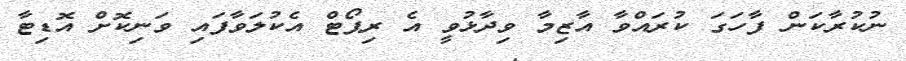
ނުކުރާކަން ފާހަގަ ކުރައްވާ އާޒިމާ ވިދާޅުވީ އެ ރިޕޯޓް އެކުލަވާފައި ވަނިކޮށް އޮޑިޓާ